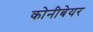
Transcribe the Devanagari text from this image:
कोनीबेयर